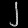
Digit: ၂